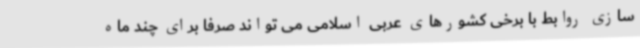
سازی روابط با برخی کشورهای عربی اسلامی می تواند صرفا برای چند ماه